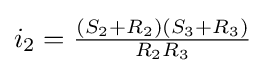
i_{2}={\tfrac {(S_{2}+R_{2})(S_{3}+R_{3})}{R_{2}R_{3}}}